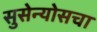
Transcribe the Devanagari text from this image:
सुसेन्योसचा